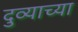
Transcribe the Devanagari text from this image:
दुव्याच्या